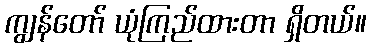
ကျွန်တော် ယုံကြည်ထားတာ ရှိတယ်။